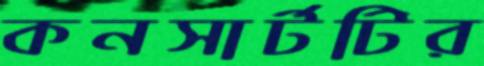
কনসার্টটির